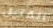
القتيل